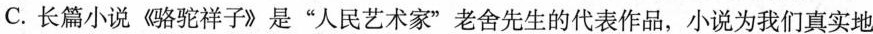
C. 长篇小说《骆驼祥子》是“人民艺术家”老舍先生的代表作品，小说为我们真实地